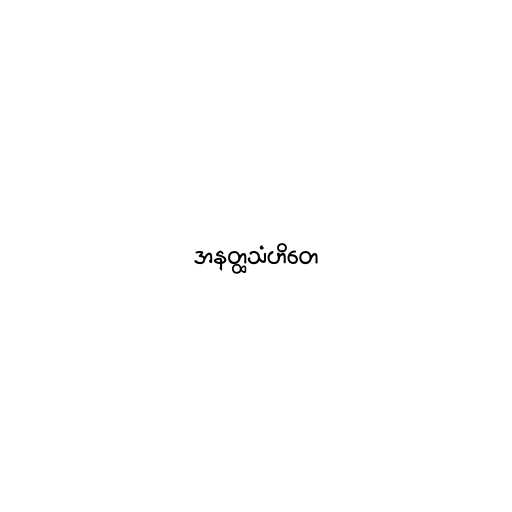
အနတ္ထသံဟိတေ